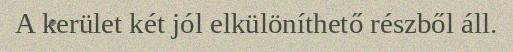
A kerület két jól elkülöníthető részből áll.